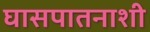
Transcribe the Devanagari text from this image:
घासपातनाशी